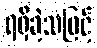
ရရှိခဲ့သဖြင့်